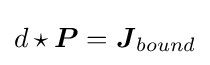
d\star {\boldsymbol {P}}={\boldsymbol {J}}_{bound}